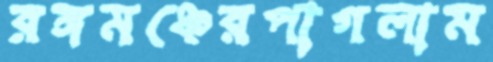
রঙ্গমঞ্চেরপাগলাম